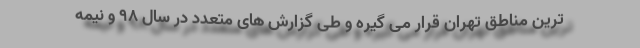
ترین مناطق تهران قرار می گیره و طی گزارش های متعدد در سال ۹۸ و نیمه